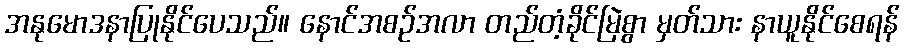
အနုမောဒနာပြုနိုင်ပေသည်။ နောင်အစဉ်အလာ တည်တံ့ခိုင်မြဲစွာ မှတ်သား နာယူနိုင်စေရန်